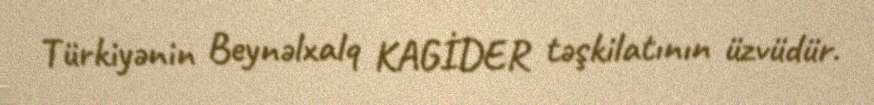
Türkiyənin Beynəlxalq KAGİDER təşkilatının üzvüdür.